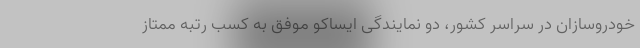
خودروسازان در سراسر کشور، دو نمایندگی ایساکو موفق به کسب رتبه ممتاز